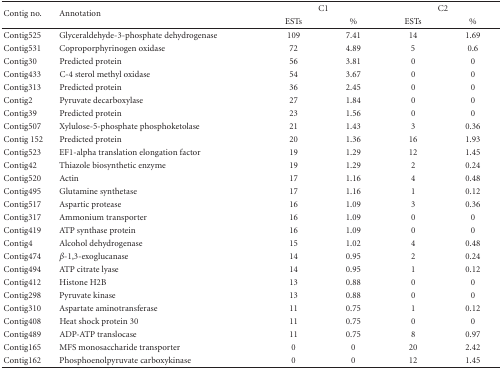
<table><thead><tr><td rowspan="2"><b>Contig no.</b></td><td rowspan="2"><b>Annotation</b></td><td colspan="2"><b>C1</b></td><td colspan="2"><b>C2</b></td></tr><tr><td><b>ESTs</b></td><td><b>%</b></td><td><b>ESTs</b></td><td><b>%</b></td></tr></thead><tbody><tr><td>Contig525</td><td>Glyceraldehyde-3-phosphate dehydrogenase</td><td>109</td><td>7.41</td><td>14</td><td>1.69</td></tr><tr><td>Contig531</td><td>Coproporphyrinogen oxidase</td><td>72</td><td>4.89</td><td>5</td><td>0.6</td></tr><tr><td>Contig30</td><td>Predicted protein</td><td>56</td><td>3.81</td><td>0</td><td>0</td></tr><tr><td>Contig433</td><td>C-4 sterol methyl oxidase</td><td>54</td><td>3.67</td><td>0</td><td>0</td></tr><tr><td>Contig313</td><td>Predicted protein</td><td>36</td><td>2.45</td><td>0</td><td>0</td></tr><tr><td>Contig2</td><td>Pyruvate decarboxylase</td><td>27</td><td>1.84</td><td>0</td><td>0</td></tr><tr><td>Contig39</td><td>Predicted protein</td><td>23</td><td>1.56</td><td>0</td><td>0</td></tr><tr><td>Contig507</td><td>Xylulose-5-phosphate phosphoketolase</td><td>21</td><td>1.43</td><td>3</td><td>0.36</td></tr><tr><td>Contig 152</td><td>Predicted protein</td><td>20</td><td>1.36</td><td>16</td><td>1.93</td></tr><tr><td>Contig523</td><td>EF1-alpha translation elongation factor</td><td>19</td><td>1.29</td><td>12</td><td>1.45</td></tr><tr><td>Contig42</td><td>Thiazole biosynthetic enzyme</td><td>19</td><td>1.29</td><td>2</td><td>0.24</td></tr><tr><td>Contig520</td><td>Actin</td><td>17</td><td>1.16</td><td>4</td><td>0.48</td></tr><tr><td>Contig495</td><td>Glutamine synthetase</td><td>17</td><td>1.16</td><td>1</td><td>0.12</td></tr><tr><td>Contig517</td><td>Aspartic protease</td><td>16</td><td>1.09</td><td>3</td><td>0.36</td></tr><tr><td>Contig317</td><td>Ammonium transporter</td><td>16</td><td>1.09</td><td>0</td><td>0</td></tr><tr><td>Contig419</td><td>ATP synthase protein</td><td>16</td><td>1.09</td><td>0</td><td>0</td></tr><tr><td>Contig4</td><td>Alcohol dehydrogenase</td><td>15</td><td>1.02</td><td>4</td><td>0.48</td></tr><tr><td>Contig474</td><td><i>β</i>-1,3-exoglucanase</td><td>14</td><td>0.95</td><td>2</td><td>0.24</td></tr><tr><td>Contig494</td><td>ATP citrate lyase</td><td>14</td><td>0.95</td><td>1</td><td>0.12</td></tr><tr><td>Contig412</td><td>Histone H2B</td><td>13</td><td>0.88</td><td>0</td><td>0</td></tr><tr><td>Contig298</td><td>Pyruvate kinase</td><td>13</td><td>0.88</td><td>0</td><td>0</td></tr><tr><td>Contig310</td><td>Aspartate aminotransferase</td><td>11</td><td>0.75</td><td>1</td><td>0.12</td></tr><tr><td>Contig408</td><td>Heat shock protein 30</td><td>11</td><td>0.75</td><td>0</td><td>0</td></tr><tr><td>Contig489</td><td>ADP-ATP translocase</td><td>11</td><td>0.75</td><td>8</td><td>0.97</td></tr><tr><td>Contig165</td><td>MFS monosaccharide transporter</td><td>0</td><td>0</td><td>20</td><td>2.42</td></tr><tr><td>Contig162</td><td>Phosphoenolpyruvate carboxykinase</td><td>0</td><td>0</td><td>12</td><td>1.45</td></tr></tbody></table>